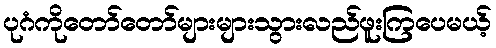
ပုဂံကိုတော်တော်များများသွားလည်ဖူးကြပေမယ့်